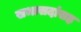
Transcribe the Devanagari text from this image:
सभासदांसह